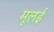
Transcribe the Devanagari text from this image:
मूलई